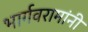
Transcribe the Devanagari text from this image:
भार्गवरामांनी